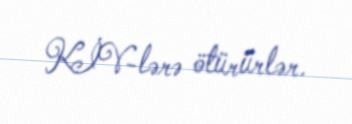
KİV-lərə ötürürlər.